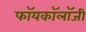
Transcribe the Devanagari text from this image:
फॉयकॉलॉजी